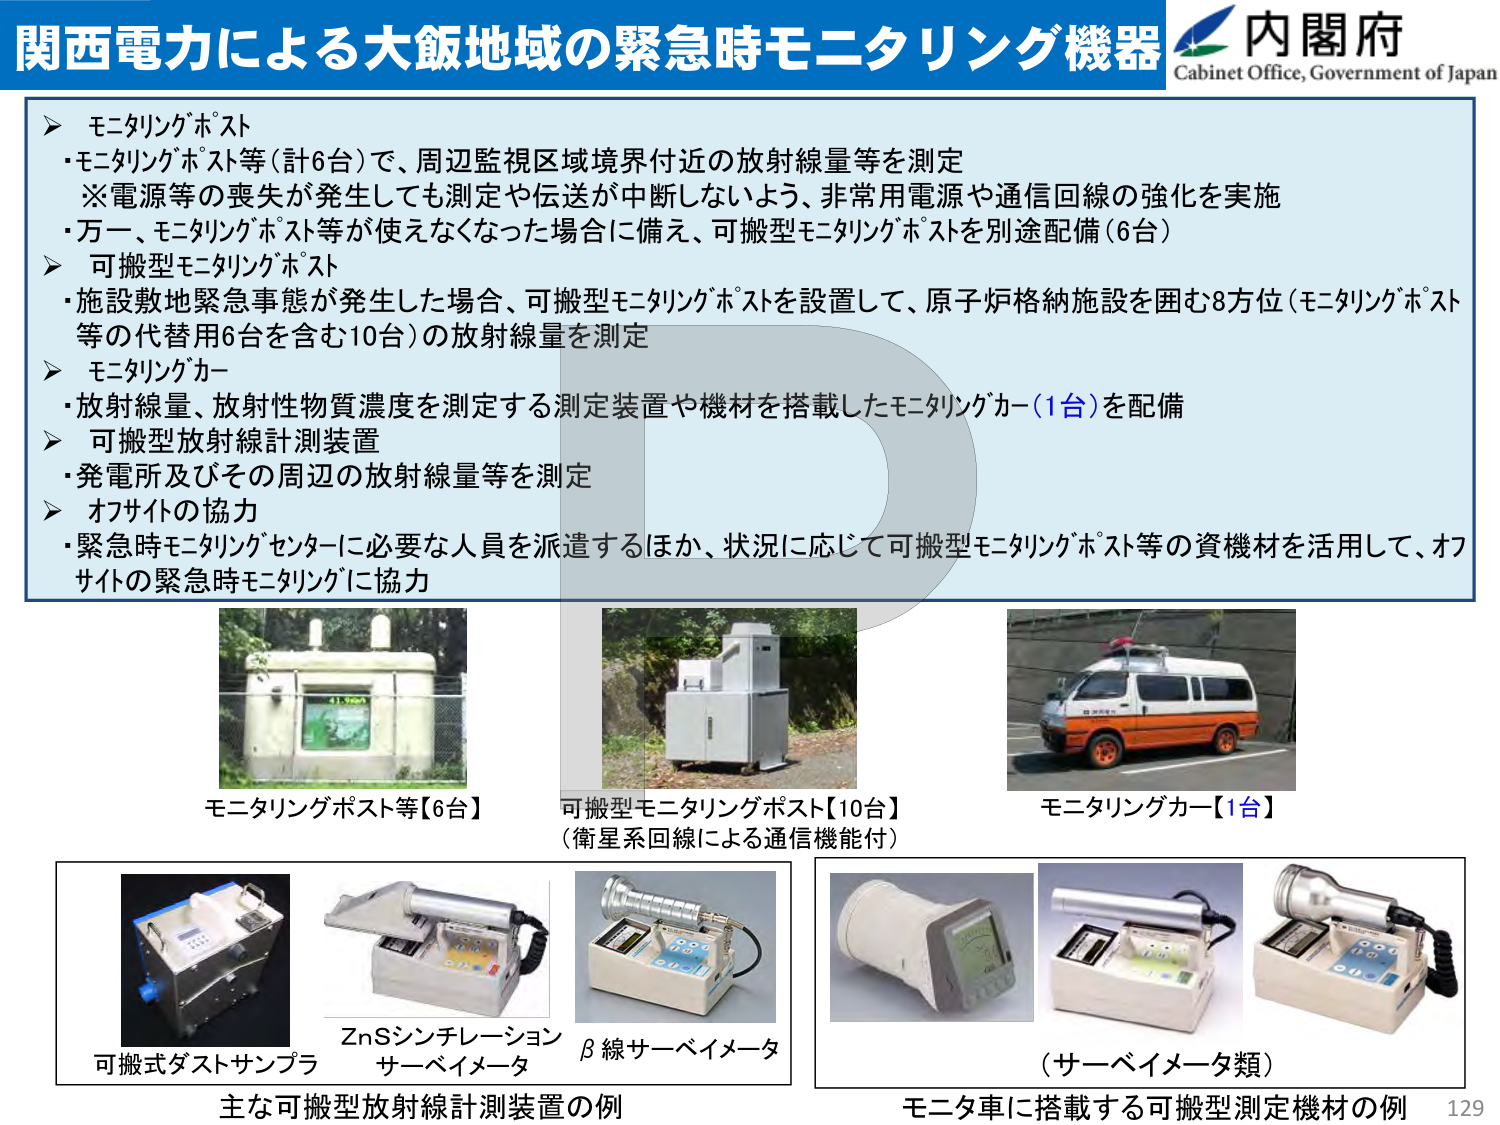
関西電力による大飯地域の緊急時モニタリング機器
内閣府
Cabinet Office, Government of Japan

▶ モニタリングポスト
・モニタリングポスト等（計6台）で、周辺監視区域境界付近の放射線量等を測定
※電源等の喪失が発生しても測定や伝送が中断しないよう、非常用電源や通信回線の強化を実施
・万一、モニタリングポスト等が使えなくなった場合に備え、可搬型モニタリングポストを別途配備（6台）

▶ 可搬型モニタリングポスト
・施設敷地緊急事態が発生した場合、可搬型モニタリングポストを設置して、原子炉格納施設を囲む8方位（モニタリングポスト等の代替用6台を含む10台）の放射線量を測定

▶ モニタリングカー
・放射線量、放射性物質濃度を測定する測定装置や機材を搭載したモニタリングカー（1台）を配備

▶ 可搬型放射線計測装置
・発電所及びその周辺の放射線量等を測定

▶ オフサイトの協力
・緊急時モニタリングセンターに必要な人員を派遣するほか、状況に応じて可搬型モニタリングポスト等の資機材を活用して、オフサイトの緊急時モニタリングに協力

モニタリングポスト等【6台】
可搬型モニタリングポスト【10台】
（衛星系回線による通信機能付）
モニタリングカー【1台】

可搬式ダストサンプラ
ZnSシンチレーションサーベイメータ
β線サーベイメータ

（サーベイメータ類）

主な可搬型放射線計測装置の例
モニタ車に搭載する可搬型測定機材の例

129